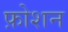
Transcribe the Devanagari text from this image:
फ़ोशन